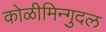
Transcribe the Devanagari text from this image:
कोळीमिन्गुदल